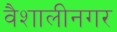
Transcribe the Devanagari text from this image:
वैशालीनगर